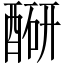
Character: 𬪮